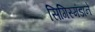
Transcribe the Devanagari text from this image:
सिगिस्मंडाने